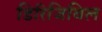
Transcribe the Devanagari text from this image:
डिरिजिबिल